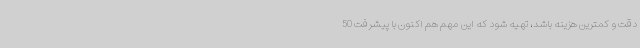
دقت و کمترین هزینه باشد، تهیه شود که این مهم هم اکنون با پیشرفت 50